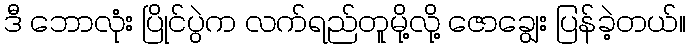
ဒီ ဘောလုံး ပြိုင်ပွဲက လက်ရည်တူမို့လို့ ဇောချွေး ပြန်ခဲ့တယ်။